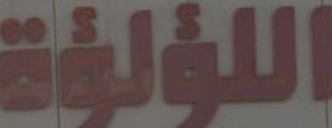
اللؤلؤة